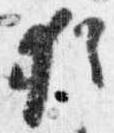
猶